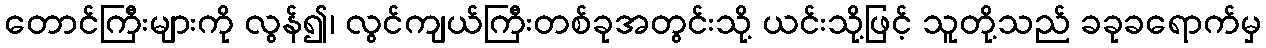
တောင်ကြီးများကို လွန်၍၊ လွင်ကျယ်ကြီးတစ်ခုအတွင်းသို့ ယင်းသို့ဖြင့် သူတို့သည် ခခုခရောက်မှ